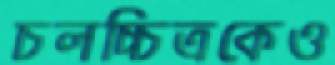
চলচ্চিত্রকেও